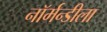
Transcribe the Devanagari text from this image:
नॉर्मन्डीला